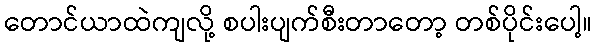
တောင်ယာထဲကျလို့ စပါးပျက်စီးတာတော့ တစ်ပိုင်းပေါ့။